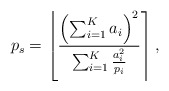
\begin{align*}p_s = \left\lfloor \frac{ \left( \sum^K_{i=1} a_i\right)^2 }{\sum^K_{i=1} \frac{a_i^2}{p_i}} \right\rceil,\end{align*}